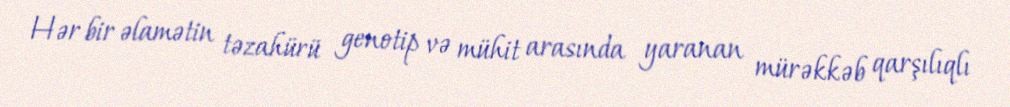
Hər bir əlamətin təzahürü genotip və mühit arasında yaranan mürəkkəb qarşılıqlı